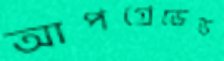
আপগ্রেডেড